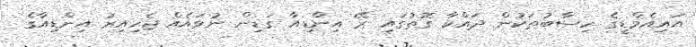
އައިއެމްޑީގެ ހިސާބުތަކުން ދައްކާ ގޮތުގައި ރޭ އިންޑިއާ ގަޑިން ނުވައެއް ޖެހިއިރު އިންޑިއާގެ